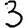
Digit: 3